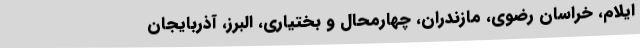
ایلام، خراسان رضوی، مازندران، چهارمحال و بختیاری، البرز، آذربایجان